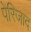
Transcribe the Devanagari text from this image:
पेरिजाद